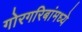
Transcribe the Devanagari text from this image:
गोरगरिबांमध्ये